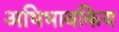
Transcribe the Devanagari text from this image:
अभिभावकिय